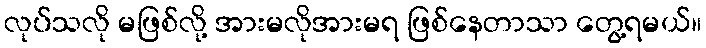
လုပ်သလို မဖြစ်လို့ အားမလိုအားမရ ဖြစ်နေတာသာ တွေ့ရမယ်။